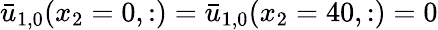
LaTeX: \bar{u}_{1,0}(x_{2}=0,:)=\bar{u}_{1,0}(x_{2}=40,:)=0